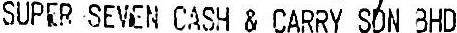
SUPER SEVEN CASH & CARRY SDN BHD